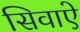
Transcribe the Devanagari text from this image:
सिवाऐ